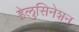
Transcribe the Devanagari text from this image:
हेलुसिनेशन